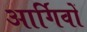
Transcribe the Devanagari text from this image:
आर्गिवों